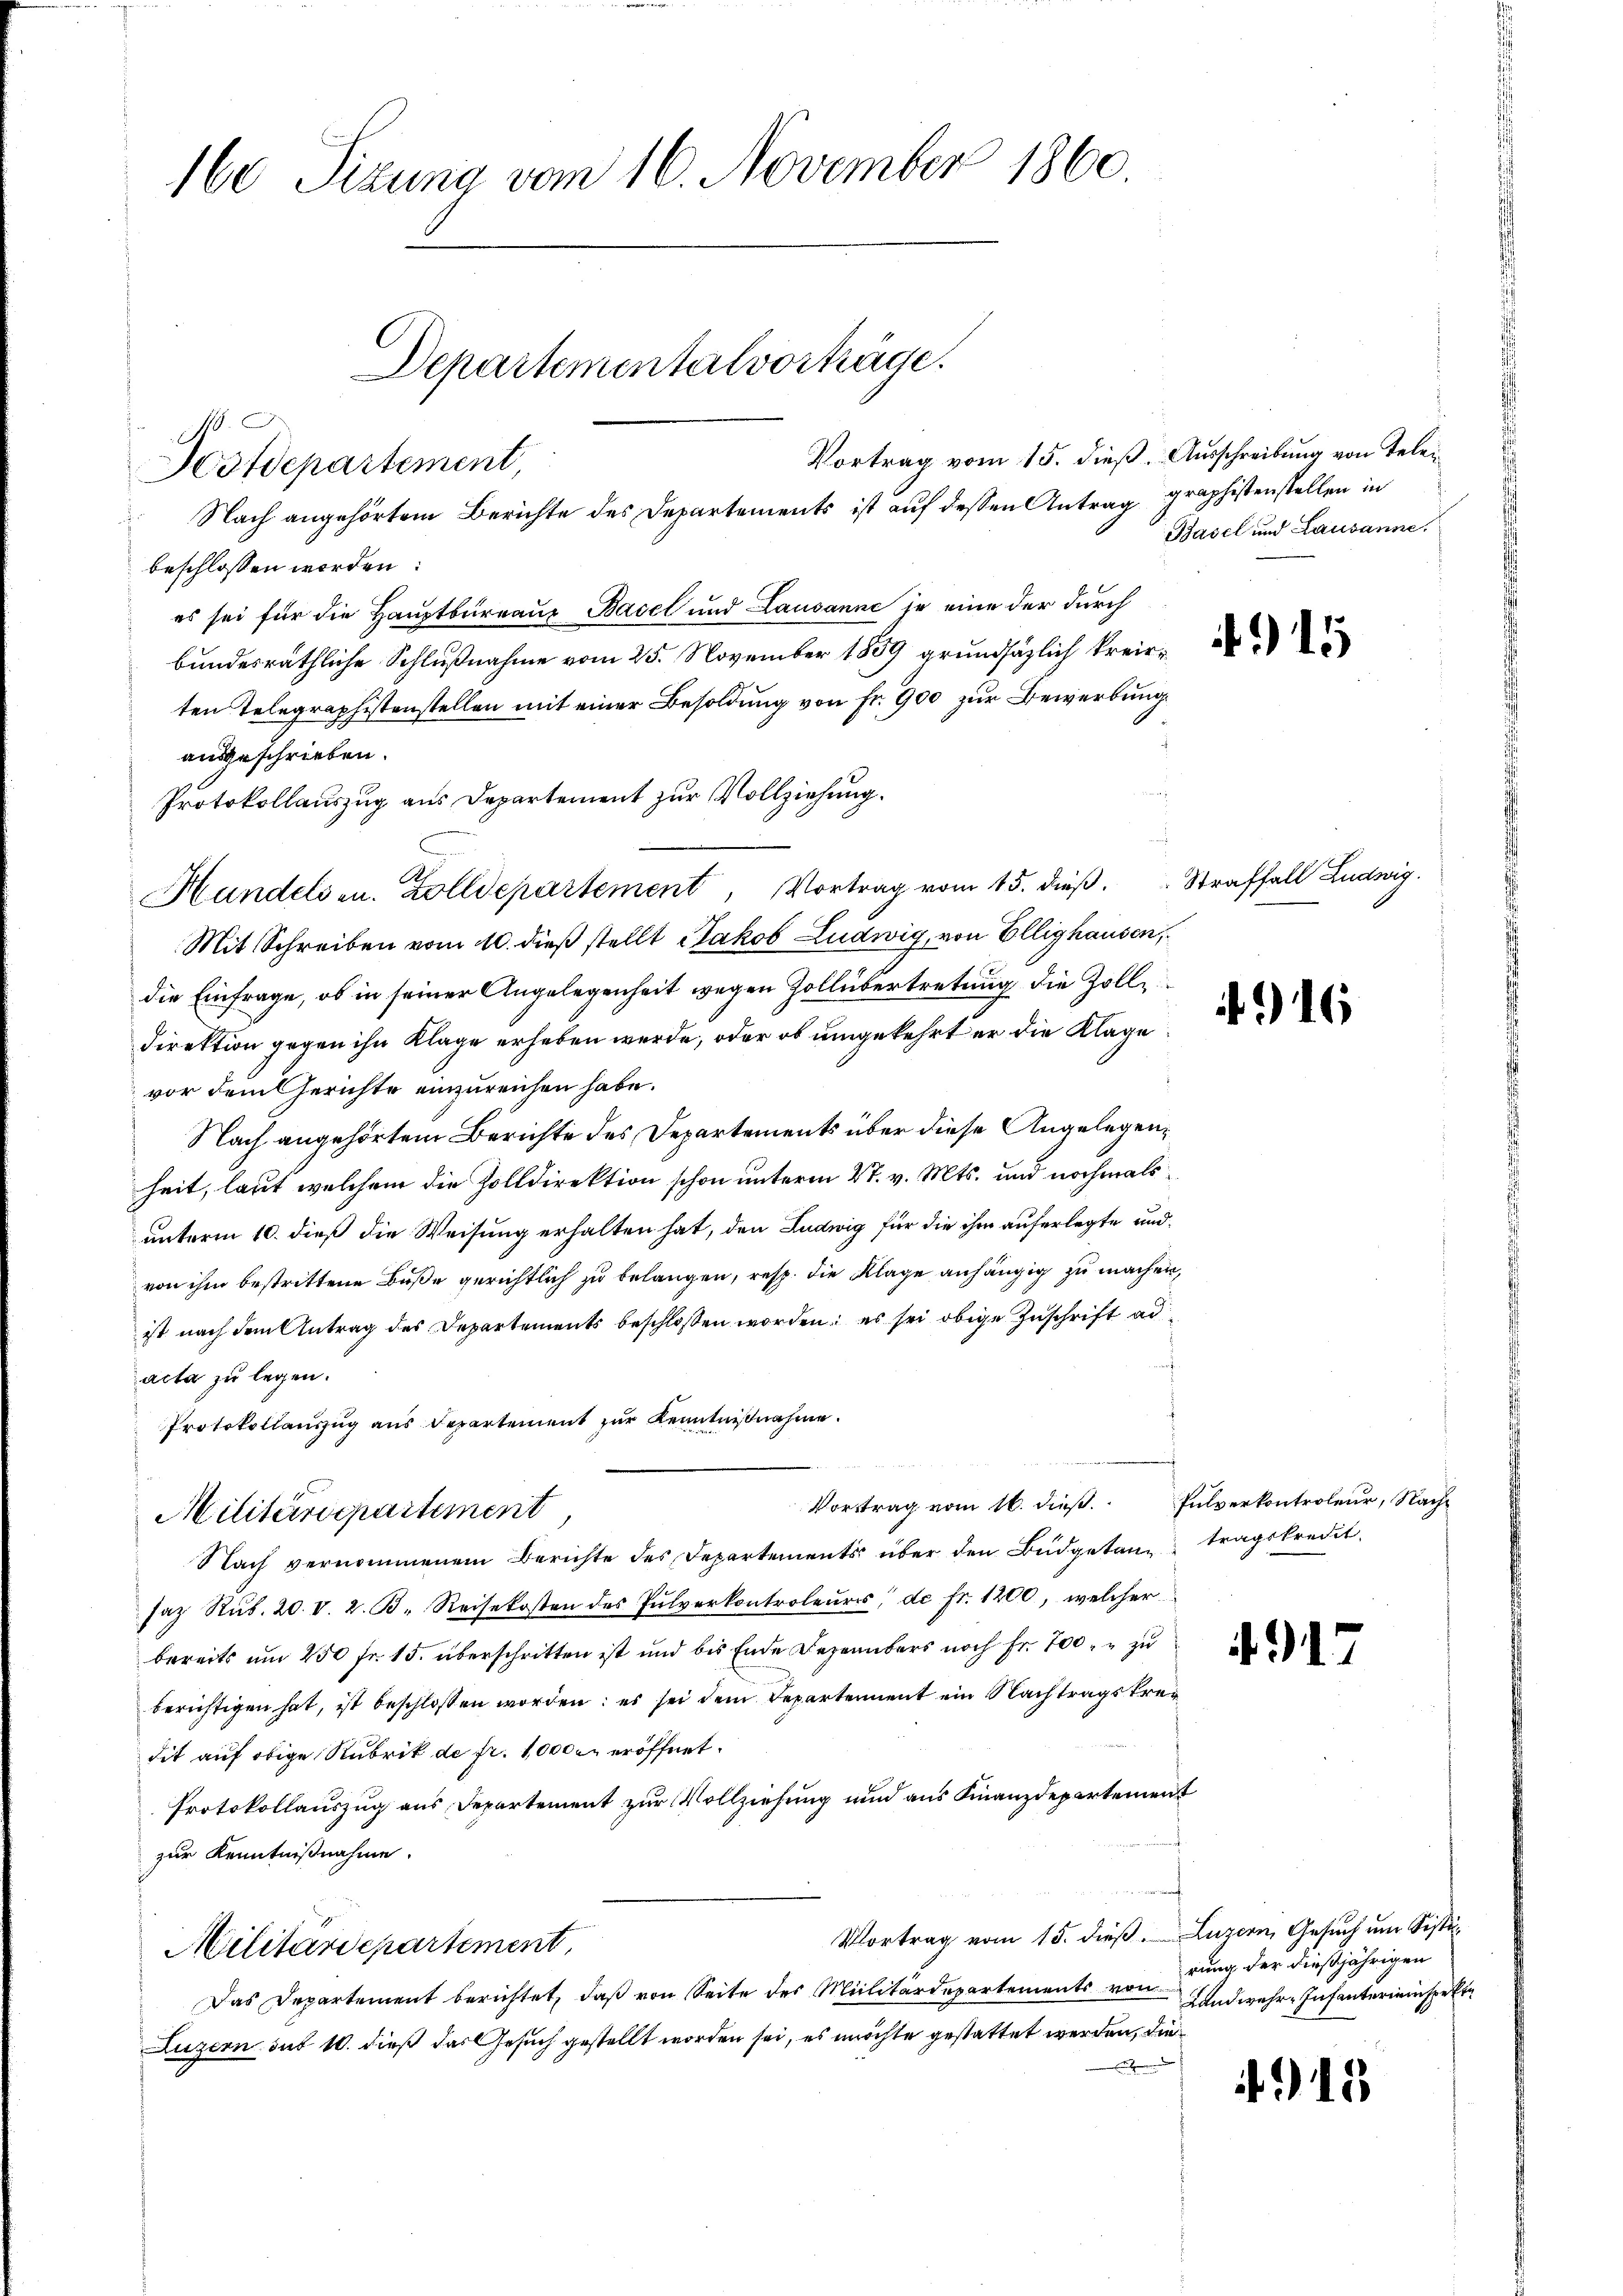
Hstdepartement,

160 Sizung vom 16. November 1860.
Departementalvorträge.
E

Vortrag vom 15. dieß. Ausschreibung von Tele¬
 Nach angehörtem Berichte des Departements ist auf dessen Antrag graphistenstellen in
beschlossen worden:
es sei für die Hauptbureaux Basel und Lausanne je eine der durch
bundesräthliche Schlŭβnahme vom 25. November 1889 grundsäglich kreisten Telegraphistenstellen mit einer Besoldung von Fr. 900 zur Bewerbung
ausgeschrieben.
Protokollauszug aus Departement zur Vollziehung.
Hundelsen. Zolldepartement, Vortrag vom 15. dieβ.  Straffall Ludwig
Mit Schreiben vom 10. dieß stellt Jakob Ludwig, von Ellighausen,
die Einfrage, ob in seiner Angelegenheit wegen Zollübertretung die Zoll¬
Direktion gegen ihn Klage erheben werde, oder ob umgekehrt er die Klage
vor dem Gerichte einzureichen habe.
Nach angehörtem Berichte des Departements über diese Angelegenheit, laut welchem die Zolldirektion schon unterm 27. v. Mts. und nochmals
unterm 10. dieß die Weisung erhalten hat, den Ludwig für die ihm auferlegte und
von ihm bestrittene Buße gerichtlich zu belangen, resp. die Klage anhängig zu machen,
ist nach dem Antrag des Departements beschlossen worden; es sei obige Zuschrift ad
acta zu legen.
Protokollauszug aus Departement zur Kenntnißnahme.
Vortrag vom 16. dieβ. Pulverkontroleŭr, Nach-
Militärdepartement
Nach vernommenem Berichte des Departements über den Budgetan tragskredet.
saz Rŭb. 20. V. 2. B. Reisekosten des Pulverkontroleŭrs de fr. 1200, welcher
bereits um 250 fr. 15. überschritten ist und bis Ende Dezembers noch Fr. 700, u zu
berichtigen hat, ist beschlossen worden; es sei dem Departement ein Nachtragsfrei
dit auf obige Rubrik de fr. 10000 eröffnet.
Protokollauszug aus Departement zur Vollziehung und aus Finanzdepartement
zur Kenntnißnahme.
Vortrag vom 15. dieß. Luzern, Gesuch und Sisti¬
Militärdepartement,
Das Departement berichtet, daß von Seite der Militärdepartements von
Luzern sub 10. dieß das Gesuch gestellt worden sei, es möchte gestattet werden, die¬

A

Basel und Lausanne.

16

4917

rung der dießjährigen
Landwehr-Infantereinspekte

15